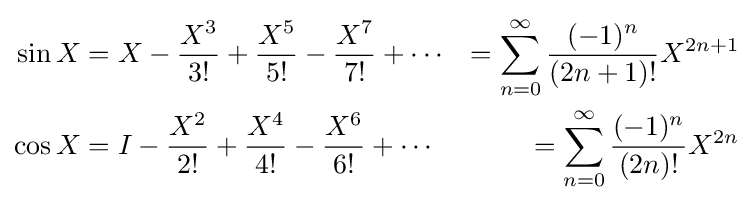
{\begin{aligned}\sin X&=X-{\frac {X^{3}}{3!}}+{\frac {X^{5}}{5!}}-{\frac {X^{7}}{7!}}+\cdots &=\sum _{n=0}^{\infty }{\frac {(-1)^{n}}{(2n+1)!}}X^{2n+1}\\\cos X&=I-{\frac {X^{2}}{2!}}+{\frac {X^{4}}{4!}}-{\frac {X^{6}}{6!}}+\cdots &=\sum _{n=0}^{\infty }{\frac {(-1)^{n}}{(2n)!}}X^{2n}\end{aligned}}